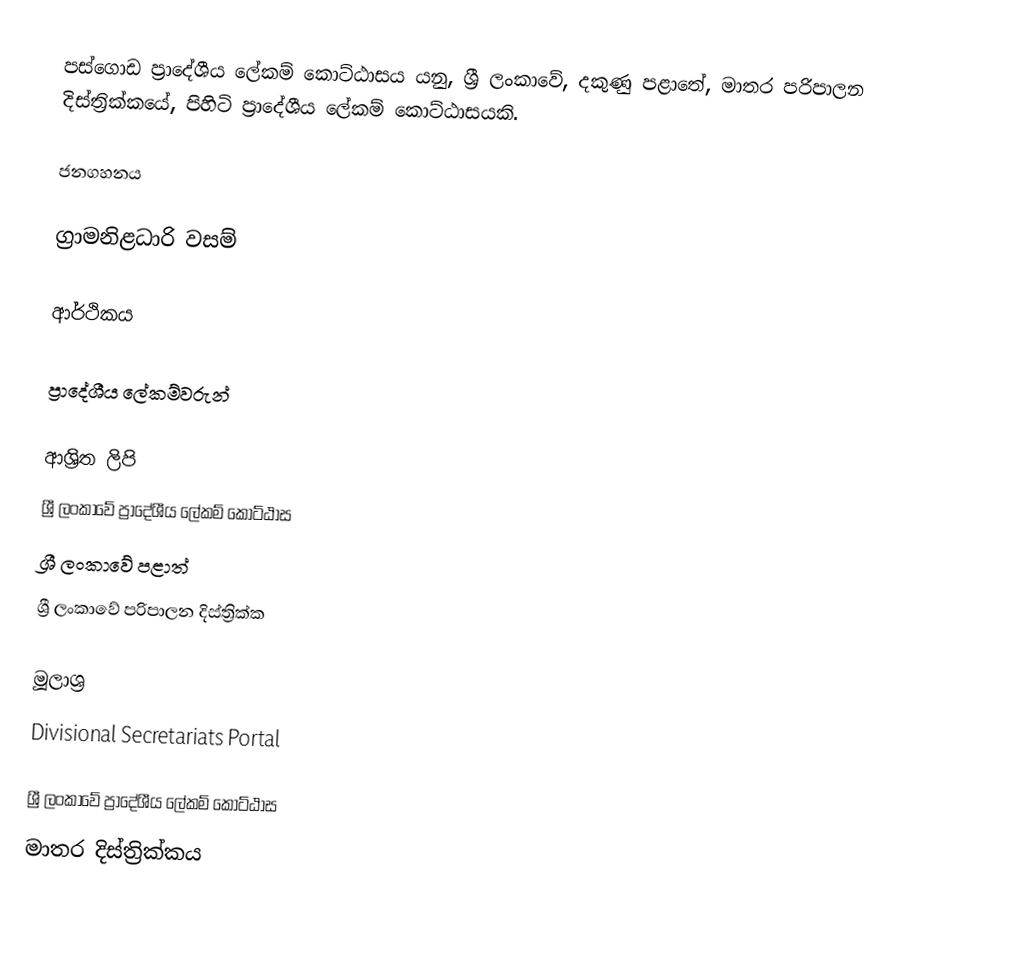
පස්ගොඩ ප්‍රාදේශීය ලේකම් කොට්ඨාසය යනු,  ශ්‍රී ලංකාවේ, දකුණු පළාතේ,   මාතර පරිපාලන දිස්ත්‍රික්කයේ, පිහිටි ප්‍රාදේශීය ලේකම් කොට්ඨාසයකි.

ජනගහනය

ග්‍රාමනිළධාරි වසම්

ආර්ථිකය

ප්‍රාදේශීය ලේකම්වරුන්

ආශ්‍රිත ලිපි
ශ්‍රී ලංකාවේ ප්‍රාදේශීය ලේකම් කොට්ඨාස
ශ්‍රී ලංකාවේ පළාත්
ශ්‍රී ලංකාවේ පරිපාලන දිස්ත්‍රික්ක

මූලාශ්‍ර
 Divisional Secretariats Portal

ශ්‍රී ලංකාවේ ප්‍රාදේශීය ලේකම් කොට්ඨාස
මාතර දිස්ත්‍රික්කය